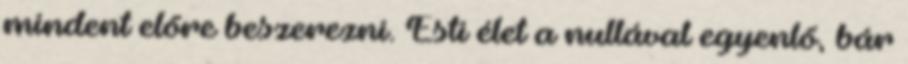
mindent előre beszerezni. Esti élet a nullával egyenlő, bár